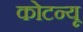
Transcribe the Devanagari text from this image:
कोटन्यू